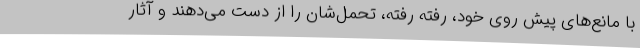
با مانع‌های پیش روی خود، رفته رفته، تحمل‌شان را از دست می‌دهند و آثار